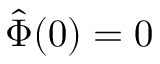
{ \hat { \Phi } } ( 0 ) = 0